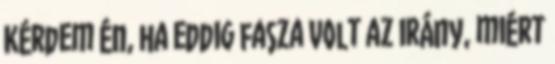
Kérdem én, ha eddig fasza volt az irány, miért